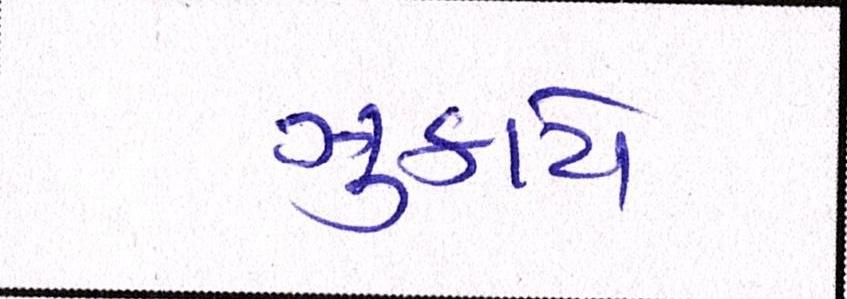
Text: ઝુકાયે